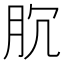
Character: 𰮐